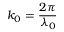
k _ { 0 } = \frac { 2 \pi } { \lambda _ { 0 } }